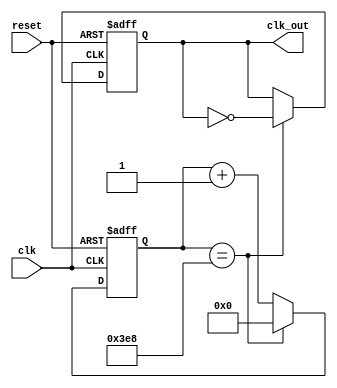
`timescale 1ns / 1ps

module divider(reset,clk,clk_out);
    input clk,reset;
    output reg clk_out;



reg [15:0] cnt;
 
 
always @(posedge clk or negedge reset)
begin
    if(!reset)
    begin
        cnt <= 4'b0;
        clk_out <= 1'b0;
    end
    else
    begin
        if(cnt == 1000)
        begin
            clk_out <= ~clk_out;
            cnt <= 16'b0;
        end
        else
        begin
            cnt <= cnt + 16'b1;
        end
    end
end

endmodule